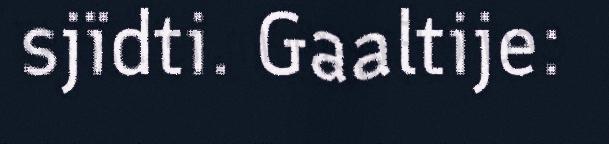
sjïdti. Gaaltije: